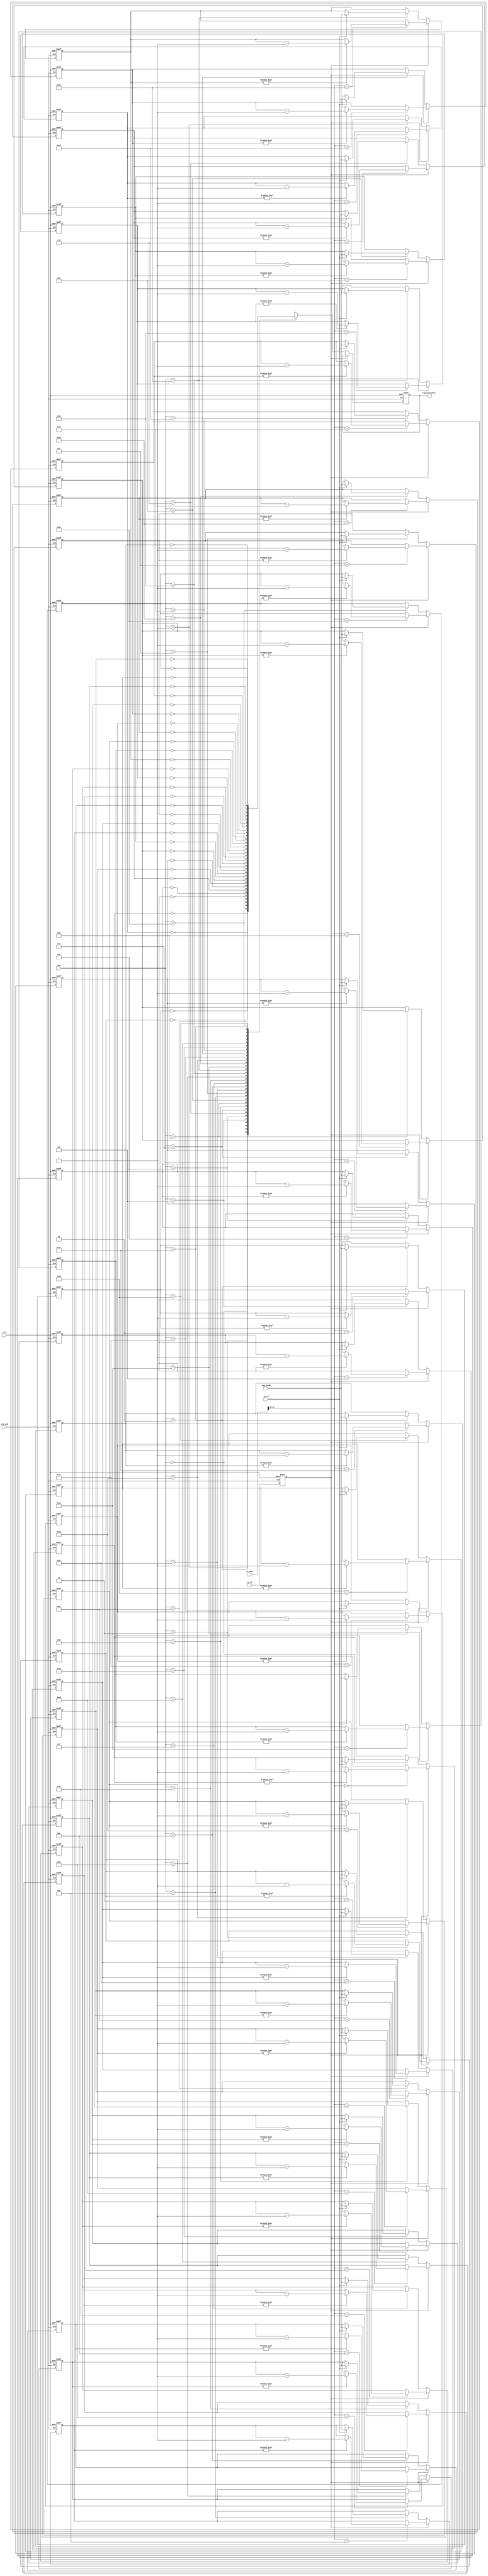
// $Id: sfif_tag.v,v 1.1.1.1 2008/07/01 17:34:22 jfreed Exp $

module sfif_tag(clk_125, rstn,
                tx_st, tag, tag_cplds, 
                rx_st, rx_data, 
                tag_available
);

input clk_125;
input rstn;
input tx_st;
input [4:0] tag;
input [3:0] tag_cplds;
input rx_st;
input [63:0] rx_data;
output tag_available;

reg tag_available;
reg [3:0] tag0, tag8 , tag16, tag24;
reg [3:0] tag1, tag9 , tag17, tag25;
reg [3:0] tag2, tag10, tag18, tag26;
reg [3:0] tag3, tag11, tag19, tag27;
reg [3:0] tag4, tag12, tag20, tag28;
reg [3:0] tag5, tag13, tag21, tag29;
reg [3:0] tag6, tag14, tag22, tag30;
reg [3:0] tag7, tag15, tag23, tag31;

reg rx_st_p;
reg debug;


always @(posedge clk_125 or negedge rstn)
begin
  if (~rstn)
  begin
    tag_available <= 1'b0;
    tag0 <= 4'd0; tag8  <= 4'd0; tag16 <= 4'd0; tag24 <= 4'd0;
    tag1 <= 4'd0; tag9  <= 4'd0; tag17 <= 4'd0; tag25 <= 4'd0;
    tag2 <= 4'd0; tag10 <= 4'd0; tag18 <= 4'd0; tag26 <= 4'd0;
    tag3 <= 4'd0; tag11 <= 4'd0; tag19 <= 4'd0; tag27 <= 4'd0;
    tag4 <= 4'd0; tag12 <= 4'd0; tag20 <= 4'd0; tag28 <= 4'd0;
    tag5 <= 4'd0; tag13 <= 4'd0; tag21 <= 4'd0; tag29 <= 4'd0;
    tag6 <= 4'd0; tag14 <= 4'd0; tag22 <= 4'd0; tag30 <= 4'd0;
    tag7 <= 4'd0; tag15 <= 4'd0; tag23 <= 4'd0; tag31 <= 4'd0;    
    rx_st_p <= 1'b0;
    
  end
  else
  begin  
    rx_st_p <= rx_st;        
    
    if (rx_st_p)
    begin
      case (rx_data[44:40])
        5'd0:  if (tag0 !=4'd0) tag0  <= tag0  - 1;  
        5'd1:  if (tag1 !=4'd0) tag1  <= tag1  - 1;  
        5'd2:  if (tag2 !=4'd0) tag2  <= tag2  - 1;     
        5'd3:  if (tag3 !=4'd0) tag3  <= tag3  - 1;     
        5'd4:  if (tag4 !=4'd0) tag4  <= tag4  - 1;     
        5'd5:  if (tag5 !=4'd0) tag5  <= tag5  - 1;     
        5'd6:  if (tag6 !=4'd0) tag6  <= tag6  - 1;     
        5'd7:  if (tag7 !=4'd0) tag7  <= tag7  - 1;     
        5'd8:  if (tag8 !=4'd0) tag8  <= tag8  - 1;     
        5'd9:  if (tag9 !=4'd0) tag9  <= tag9  - 1;     
        5'd10: if (tag10!=4'd0) tag10 <= tag10 - 1;      
        5'd11: if (tag11!=4'd0) tag11 <= tag11 - 1;      
        5'd12: if (tag12!=4'd0) tag12 <= tag12 - 1;      
        5'd13: if (tag13!=4'd0) tag13 <= tag13 - 1;      
        5'd14: if (tag14!=4'd0) tag14 <= tag14 - 1;      
        5'd15: if (tag15!=4'd0) tag15 <= tag15 - 1;      
        5'd16: if (tag16!=4'd0) tag16 <= tag16 - 1;      
        5'd17: if (tag17!=4'd0) tag17 <= tag17 - 1;      
        5'd18: if (tag18!=4'd0) tag18 <= tag18 - 1;      
        5'd19: if (tag19!=4'd0) tag19 <= tag19 - 1;      
        5'd20: if (tag20!=4'd0) tag20 <= tag20 - 1;      
        5'd21: if (tag21!=4'd0) tag21 <= tag21 - 1;      
        5'd22: if (tag22!=4'd0) tag22 <= tag22 - 1;      
        5'd23: if (tag23!=4'd0) tag23 <= tag23 - 1;      
        5'd24: if (tag24!=4'd0) tag24 <= tag24 - 1;      
        5'd25: if (tag25!=4'd0) tag25 <= tag25 - 1;      
        5'd26: if (tag26!=4'd0) tag26 <= tag26 - 1;      
        5'd27: if (tag27!=4'd0) tag27 <= tag27 - 1;      
        5'd28: if (tag28!=4'd0) tag28 <= tag28 - 1;      
        5'd29: if (tag29!=4'd0) tag29 <= tag29 - 1;      
        5'd30: if (tag30!=4'd0) tag30 <= tag30 - 1;      
        5'd31: if (tag31!=4'd0) tag31 <= tag31 - 1;      
        default:
        begin
        end 
      endcase    
    
    end 
    else
    begin
      case (tag)
        5'd0:  begin tag_available <= (tag0 ==4'd0); if (tx_st) tag0  <= tag_cplds; end
        5'd1:  begin tag_available <= (tag1 ==4'd0); if (tx_st) tag1  <= tag_cplds; end
        5'd2:  begin tag_available <= (tag2 ==4'd0); if (tx_st) tag2  <= tag_cplds; end   
        5'd3:  begin tag_available <= (tag3 ==4'd0); if (tx_st) tag3  <= tag_cplds; end      
        5'd4:  begin tag_available <= (tag4 ==4'd0); if (tx_st) tag4  <= tag_cplds; end      
        5'd5:  begin tag_available <= (tag5 ==4'd0); if (tx_st) tag5  <= tag_cplds; end      
        5'd6:  begin tag_available <= (tag6 ==4'd0); if (tx_st) tag6  <= tag_cplds; end      
        5'd7:  begin tag_available <= (tag7 ==4'd0); if (tx_st) tag7  <= tag_cplds; end      
        5'd8:  begin tag_available <= (tag8 ==4'd0); if (tx_st) tag8  <= tag_cplds; end      
        5'd9:  begin tag_available <= (tag9 ==4'd0); if (tx_st) tag9  <= tag_cplds; end      
        5'd10: begin tag_available <= (tag10==4'd0); if (tx_st) tag10 <= tag_cplds; end       
        5'd11: begin tag_available <= (tag11==4'd0); if (tx_st) tag11 <= tag_cplds; end       
        5'd12: begin tag_available <= (tag12==4'd0); if (tx_st) tag12 <= tag_cplds; end       
        5'd13: begin tag_available <= (tag13==4'd0); if (tx_st) tag13 <= tag_cplds; end       
        5'd14: begin tag_available <= (tag14==4'd0); if (tx_st) tag14 <= tag_cplds; end       
        5'd15: begin tag_available <= (tag15==4'd0); if (tx_st) tag15 <= tag_cplds; end       
        5'd16: begin tag_available <= (tag16==4'd0); if (tx_st) tag16 <= tag_cplds; end       
        5'd17: begin tag_available <= (tag17==4'd0); if (tx_st) tag17 <= tag_cplds; end       
        5'd18: begin tag_available <= (tag18==4'd0); if (tx_st) tag18 <= tag_cplds; end       
        5'd19: begin tag_available <= (tag19==4'd0); if (tx_st) tag19 <= tag_cplds; end       
        5'd20: begin tag_available <= (tag20==4'd0); if (tx_st) tag20 <= tag_cplds; end       
        5'd21: begin tag_available <= (tag21==4'd0); if (tx_st) tag21 <= tag_cplds; end       
        5'd22: begin tag_available <= (tag22==4'd0); if (tx_st) tag22 <= tag_cplds; end       
        5'd23: begin tag_available <= (tag23==4'd0); if (tx_st) tag23 <= tag_cplds; end       
        5'd24: begin tag_available <= (tag24==4'd0); if (tx_st) tag24 <= tag_cplds; end       
        5'd25: begin tag_available <= (tag25==4'd0); if (tx_st) tag25 <= tag_cplds; end       
        5'd26: begin tag_available <= (tag26==4'd0); if (tx_st) tag26 <= tag_cplds; end       
        5'd27: begin tag_available <= (tag27==4'd0); if (tx_st) tag27 <= tag_cplds; end       
        5'd28: begin tag_available <= (tag28==4'd0); if (tx_st) tag28 <= tag_cplds; end       
        5'd29: begin tag_available <= (tag29==4'd0); if (tx_st) tag29 <= tag_cplds; end       
        5'd30: begin tag_available <= (tag30==4'd0); if (tx_st) tag30 <= tag_cplds; end       
        5'd31: begin tag_available <= (tag31==4'd0); if (tx_st) tag31 <= tag_cplds; end       
        default:
        begin
        end 
      endcase
    end
  end // clk
end



endmodule